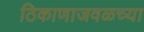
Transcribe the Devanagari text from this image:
ठिकाणाजवळच्या